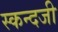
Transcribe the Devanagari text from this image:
स्कन्दजी